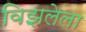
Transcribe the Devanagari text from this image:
विझलेला